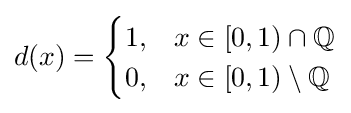
d(x)={\begin{cases}1,&x\in [0,1)\cap \mathbb {Q} \\0,&x\in [0,1)\setminus \mathbb {Q} \end{cases}}